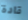
قادة